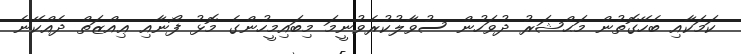
ކަމަކާއި ބެހޭގޮތުން މަޙްޝަރު ދުވަހުން ސުވާލުކުރެވުނީމަ މިބައިމީހުންގެ މޮޅު ފޯނާއި ޢިއްޒަތް ދެއްކޭނެ